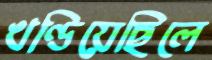
খণ্ডিয়েছিলে